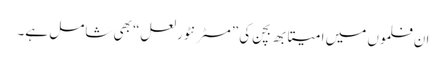
ان فلموں میں امیتابھ بچن کی ”مسٹر نٹورلعل“ بھی شامل ہے۔